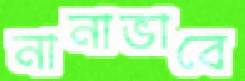
নানাভাবে